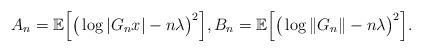
LaTeX: \begin{align*}A_n = \mathbb{E} \Big[ \big( \log | G_n x | - n \lambda \big)^2 \Big], B_n = \mathbb{E} \Big[ \big( \log \| G_n \| - n \lambda \big)^2 \Big]. \end{align*}